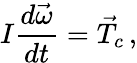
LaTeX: I\frac{d\vec{\omega}}{dt}=\vec{T}_{c}\, ,